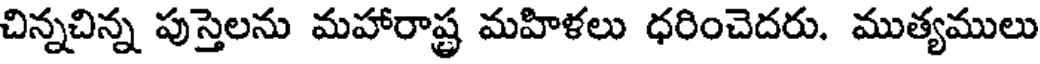
చిన్నచిన్న పుస్తెలను మహారాష్ట్ర మహిళలు ధరించెదరు. ముత్యములు